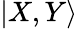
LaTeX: |X,Y\rangle